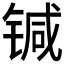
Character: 𰾗